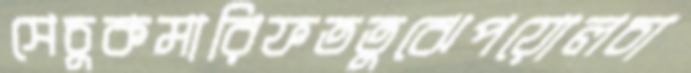
সেচুকমারিফততুঝেপয়োলচা